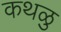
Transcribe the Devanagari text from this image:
कथळु